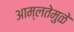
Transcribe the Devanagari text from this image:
आम्लतेमुळे